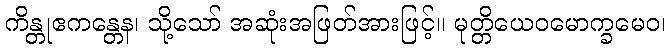
ကိန္တုဧကန္တေန၊ သို့သော် အဆုံးအဖြတ်အားဖြင့်။ မုတ္တိယေဝမောက္ခမေဝ၊